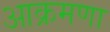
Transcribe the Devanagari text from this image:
आक्रमणा